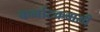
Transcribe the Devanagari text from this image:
कर्नाटकवासी